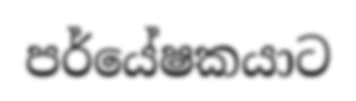
පර්යේෂකයාට